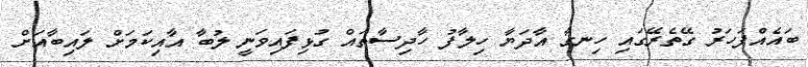
ބައެއްފަހަރު ގޭތެރޭގައި ހިނގާ އާދަޔާ ހިލާފު ހާދިސާތައް ގުޅިފައިވަނީ ލުބާ އާއިކަމަށް ލައިބާއަށް